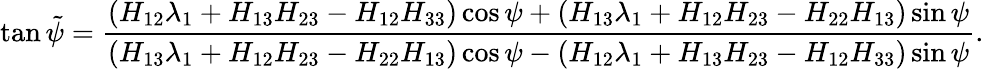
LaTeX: \tan{}\tilde{\psi}=\frac{(H_{12}\lambda_{1}+H_{13}H_{23}-H_{12}H_{33})\cos\psi+(H_{13}\lambda_{1}+H_{12}H_{23}-H_{22}H_{13})\sin\psi}{(H_{13}\lambda_{1}+H_{12}H_{23}-H_{22}H_{13})\cos\psi-(H_{12}\lambda_{1}+H_{13}H_{23}-H_{12}H_{33})\sin\psi}.